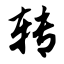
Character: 转